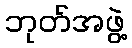
ဘုတ်အဖွဲ့